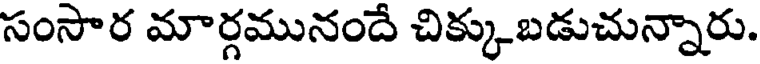
సంసార మార్గమునందే చిక్కుబడుచున్నారు.